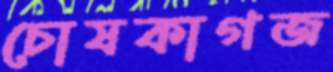
চোষকাগজ